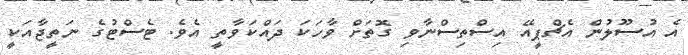
އެ އުސޫލުން އެޗްޕީއޭ އިސްތިސްނާވި ގޮތަށް ވާހަކަ ދައްކަވާތީ އެވެ. ޓެސްޓުގެ ނަތީޖާއަކީ